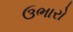
ઉભારો